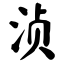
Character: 浈